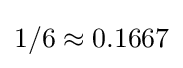
1/6\approx 0.1667